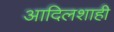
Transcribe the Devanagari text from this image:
आदिलशाही